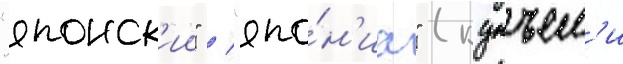
"японск'ии" / "япо́н'иа" (кунъем'и